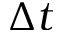
\Delta t